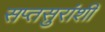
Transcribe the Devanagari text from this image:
सप्तसुरांशी